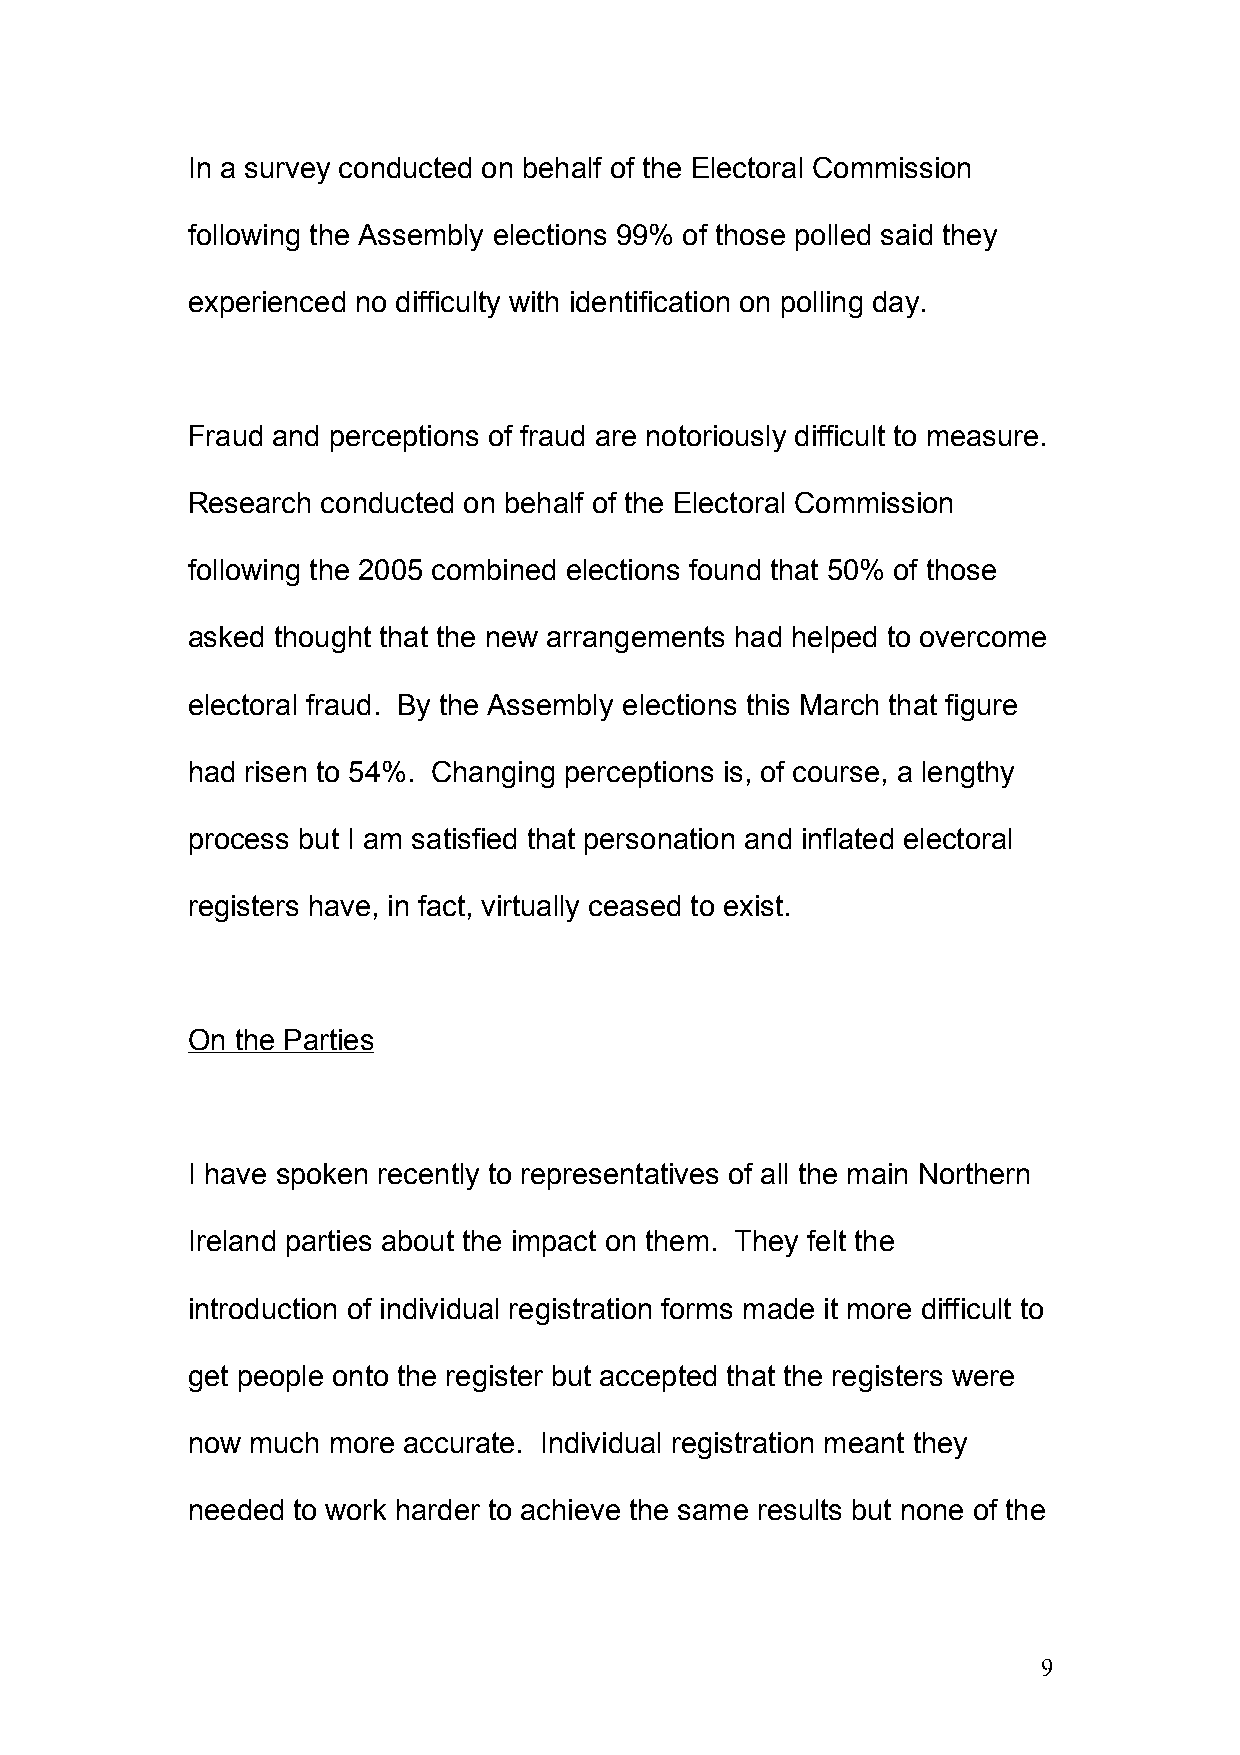
In a survey conducted on behalf of the Electoral Commission
 following the Assembly elections 99% of those polled said they
 experienced no difficulty with identification on polling day.
 Fraud and perceptions of fraud are notoriously difficult to measure.
 Research conducted on behalf of the Electoral Commission
 following the 2005 combined elections found that 50% of those
 asked thought that the new arrangements had helped to overcome
 electoral fraud. By the Assembly elections this March that figure
 had risen to 54%. Changing perceptions is, of course, a lengthy
 process but I am satisfied that personation and inflated electoral
 registers have, in fact, virtually ceased to exist.
 On  the Parties
 I have spoken recently to representatives of all the main Northern
 Ireland parties about the impact on them. They felt the
 introduction of individual registration forms made it more difficult to
 get people onto the register but accepted that the registers were
 now  much more accurate. Individual registration meant they
 needed to work harder to achieve the same results but none of the
 9